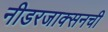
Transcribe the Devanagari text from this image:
नीडरजाक्सनची